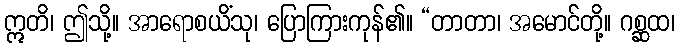
ဣတိ၊ ဤသို့။ အာရောစယိံသု၊ ပြောကြားကုန်၏။ “တာတာ၊ အမောင်တို့။ ဂစ္ဆထ၊